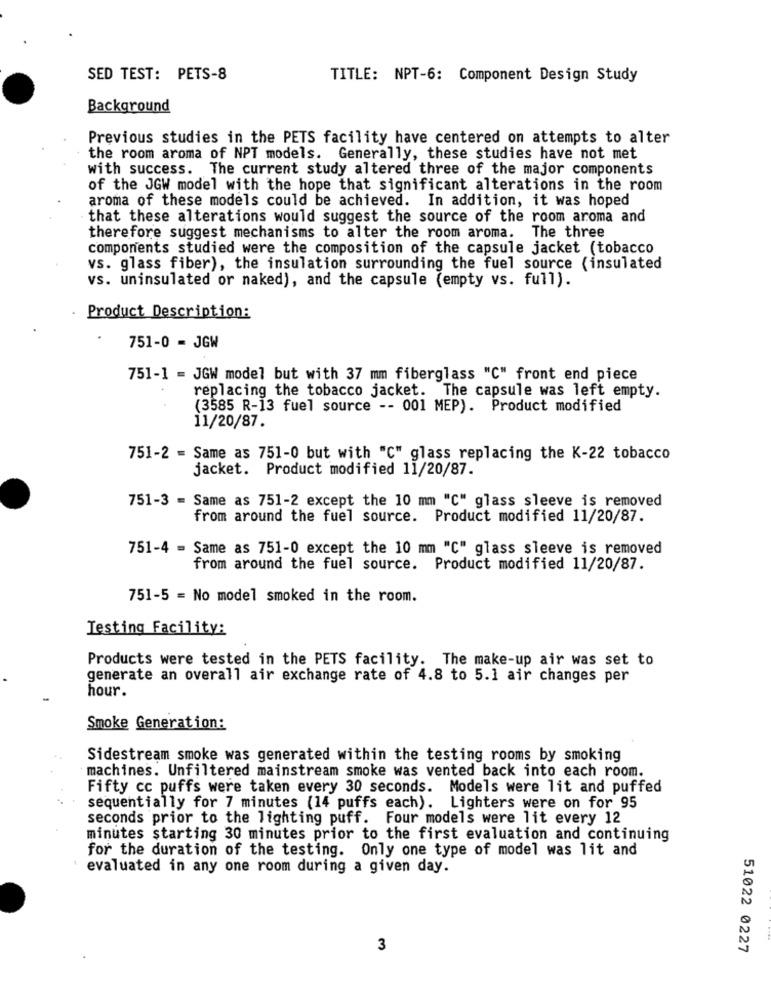
SED TEST: PETS-8
TITLE: NPT-6: Component Design Study
Background
Previous studies in the PETS facility have centered on attempts to alter
the room aroma of NPT models. Generally, these studies have not met
with success. The current study altered three of the major components
of the JGW model with the hope that significant alterations in the room
aroma of these models could be achieved. In addition, it was hoped
that these alterations would suggest the source of the room aroma and
therefore suggest mechanisms to alter the room aroma. The three
components studied were the composition of the capsule jacket (tobacco
vs. glass fiber), the insulation surrounding the fuel source (insulated
vs. uninsulated or naked), and the capsule (empty vs. full).
Product Description:
751-0 - JGW
751-1 = JGW model but with 37 mm fiberglass "C" front end piece
replacing the tobacco jacket. The capsule was left empty.
(3585 R-13 fuel source -- 001 MEP). Product modified
11/20/87.
751-2 = Same as 751-0 but with "C" glass replacing the K-22 tobacco
jacket. Product modified 11/20/87.
751-3 = Same as 751-2 except the 10 mm "C" glass sleeve is removed
from around the fuel source. Product modified 11/20/87.
751-4 = Same as 751-0 except the 10 mm "C" glass sleeve is removed
from around the fuel source. Product modified 11/20/87.
751-5 = No model smoked in the room.
Testing Facility:
Products were tested in the PETS facility. The make-up air was set to
generate an overall air exchange rate of 4.8 to 5.1 air changes per
hour.
Smoke Generation:
Sidestream smoke was generated within the testing rooms by smoking
machines. Unfiltered mainstream smoke was vented back into each room.
Fifty cc puffs were taken every 30 seconds. Models were lit and puffed
sequentially for 7 minutes (14 puffs each). Lighters were on for 95
seconds prior to the lighting puff. Four models were lit every 12
minutes starting 30 minutes prior to the first evaluation and continuing
for the duration of the testing. Only one type of model was lit and
evaluated in any one room during a given day.
3
51022 0227